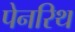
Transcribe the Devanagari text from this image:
पेनरिथ